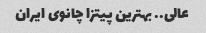
عالی.. بهترین پیتزا چانوی ایران